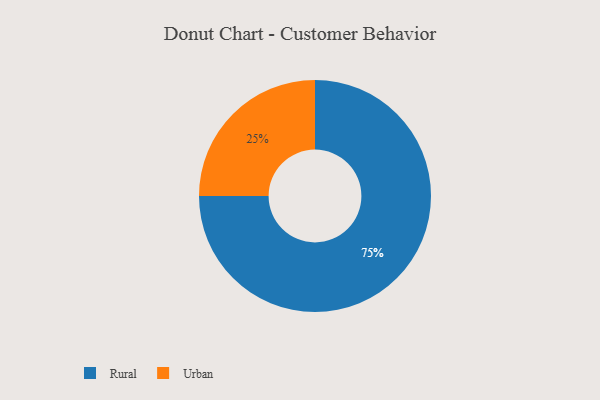
{"axis": {"x": "Category", "y": "Percentage"}, "legend": ["Rural", "Urban"], "data": [{"x": "Urban", "y": 25, "type": "Urban"}, {"x": "Rural", "y": 75, "type": "Rural"}]}